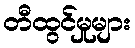
တီထွင်မှုများ